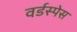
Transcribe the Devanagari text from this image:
वर्डस्पेस